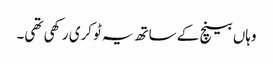
وہاں بینچ کے ساتھ یہ ٹوکری رکھی تھی۔